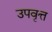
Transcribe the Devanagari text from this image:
उपवृत्त